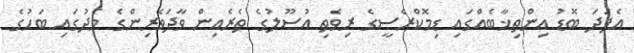
އެފަދަ ބޮޑު އިންތިޚާބެއްގައި ޑިމޮކްރެސީގެ ރިވެތި އުސޫލުގެ ތެރެއިން ވާދަވެރިންގެ މެދުގައި ބަހުގެ